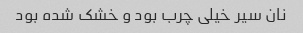
نان سیر خیلی چرب بود و خشک شده بود